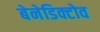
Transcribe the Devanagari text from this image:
बेनेडिक्टोव